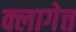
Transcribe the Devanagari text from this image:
क्लागेत्त